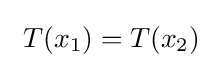
\ T(x_{1})=T(x_{2})\